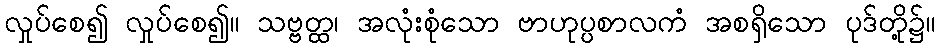
လှုပ်စေ၍ လှုပ်စေ၍။ သဗ္ဗတ္ထ၊ အလုံးစုံသော ဗာဟုပ္ပစာလကံ အစရှိသော ပုဒ်တို့၌။